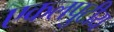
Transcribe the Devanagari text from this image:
एकलपुटीय